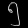
Digit: ၅